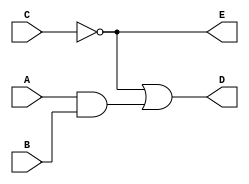
module gates(A,B,C,D,E);
    output D,E;
    input A,B,C;
    wire w1;

    and #(30) G1(w1, A,B);
    not #(10) G2(E,C);
    or #(20) G3(D,E,w1);
endmodule